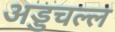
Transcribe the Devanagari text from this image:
अड्डचल्ल